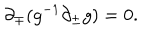
{ \partial } _ { \mp } ( g ^ { - 1 } { \partial } _ { \pm } g ) = 0 .